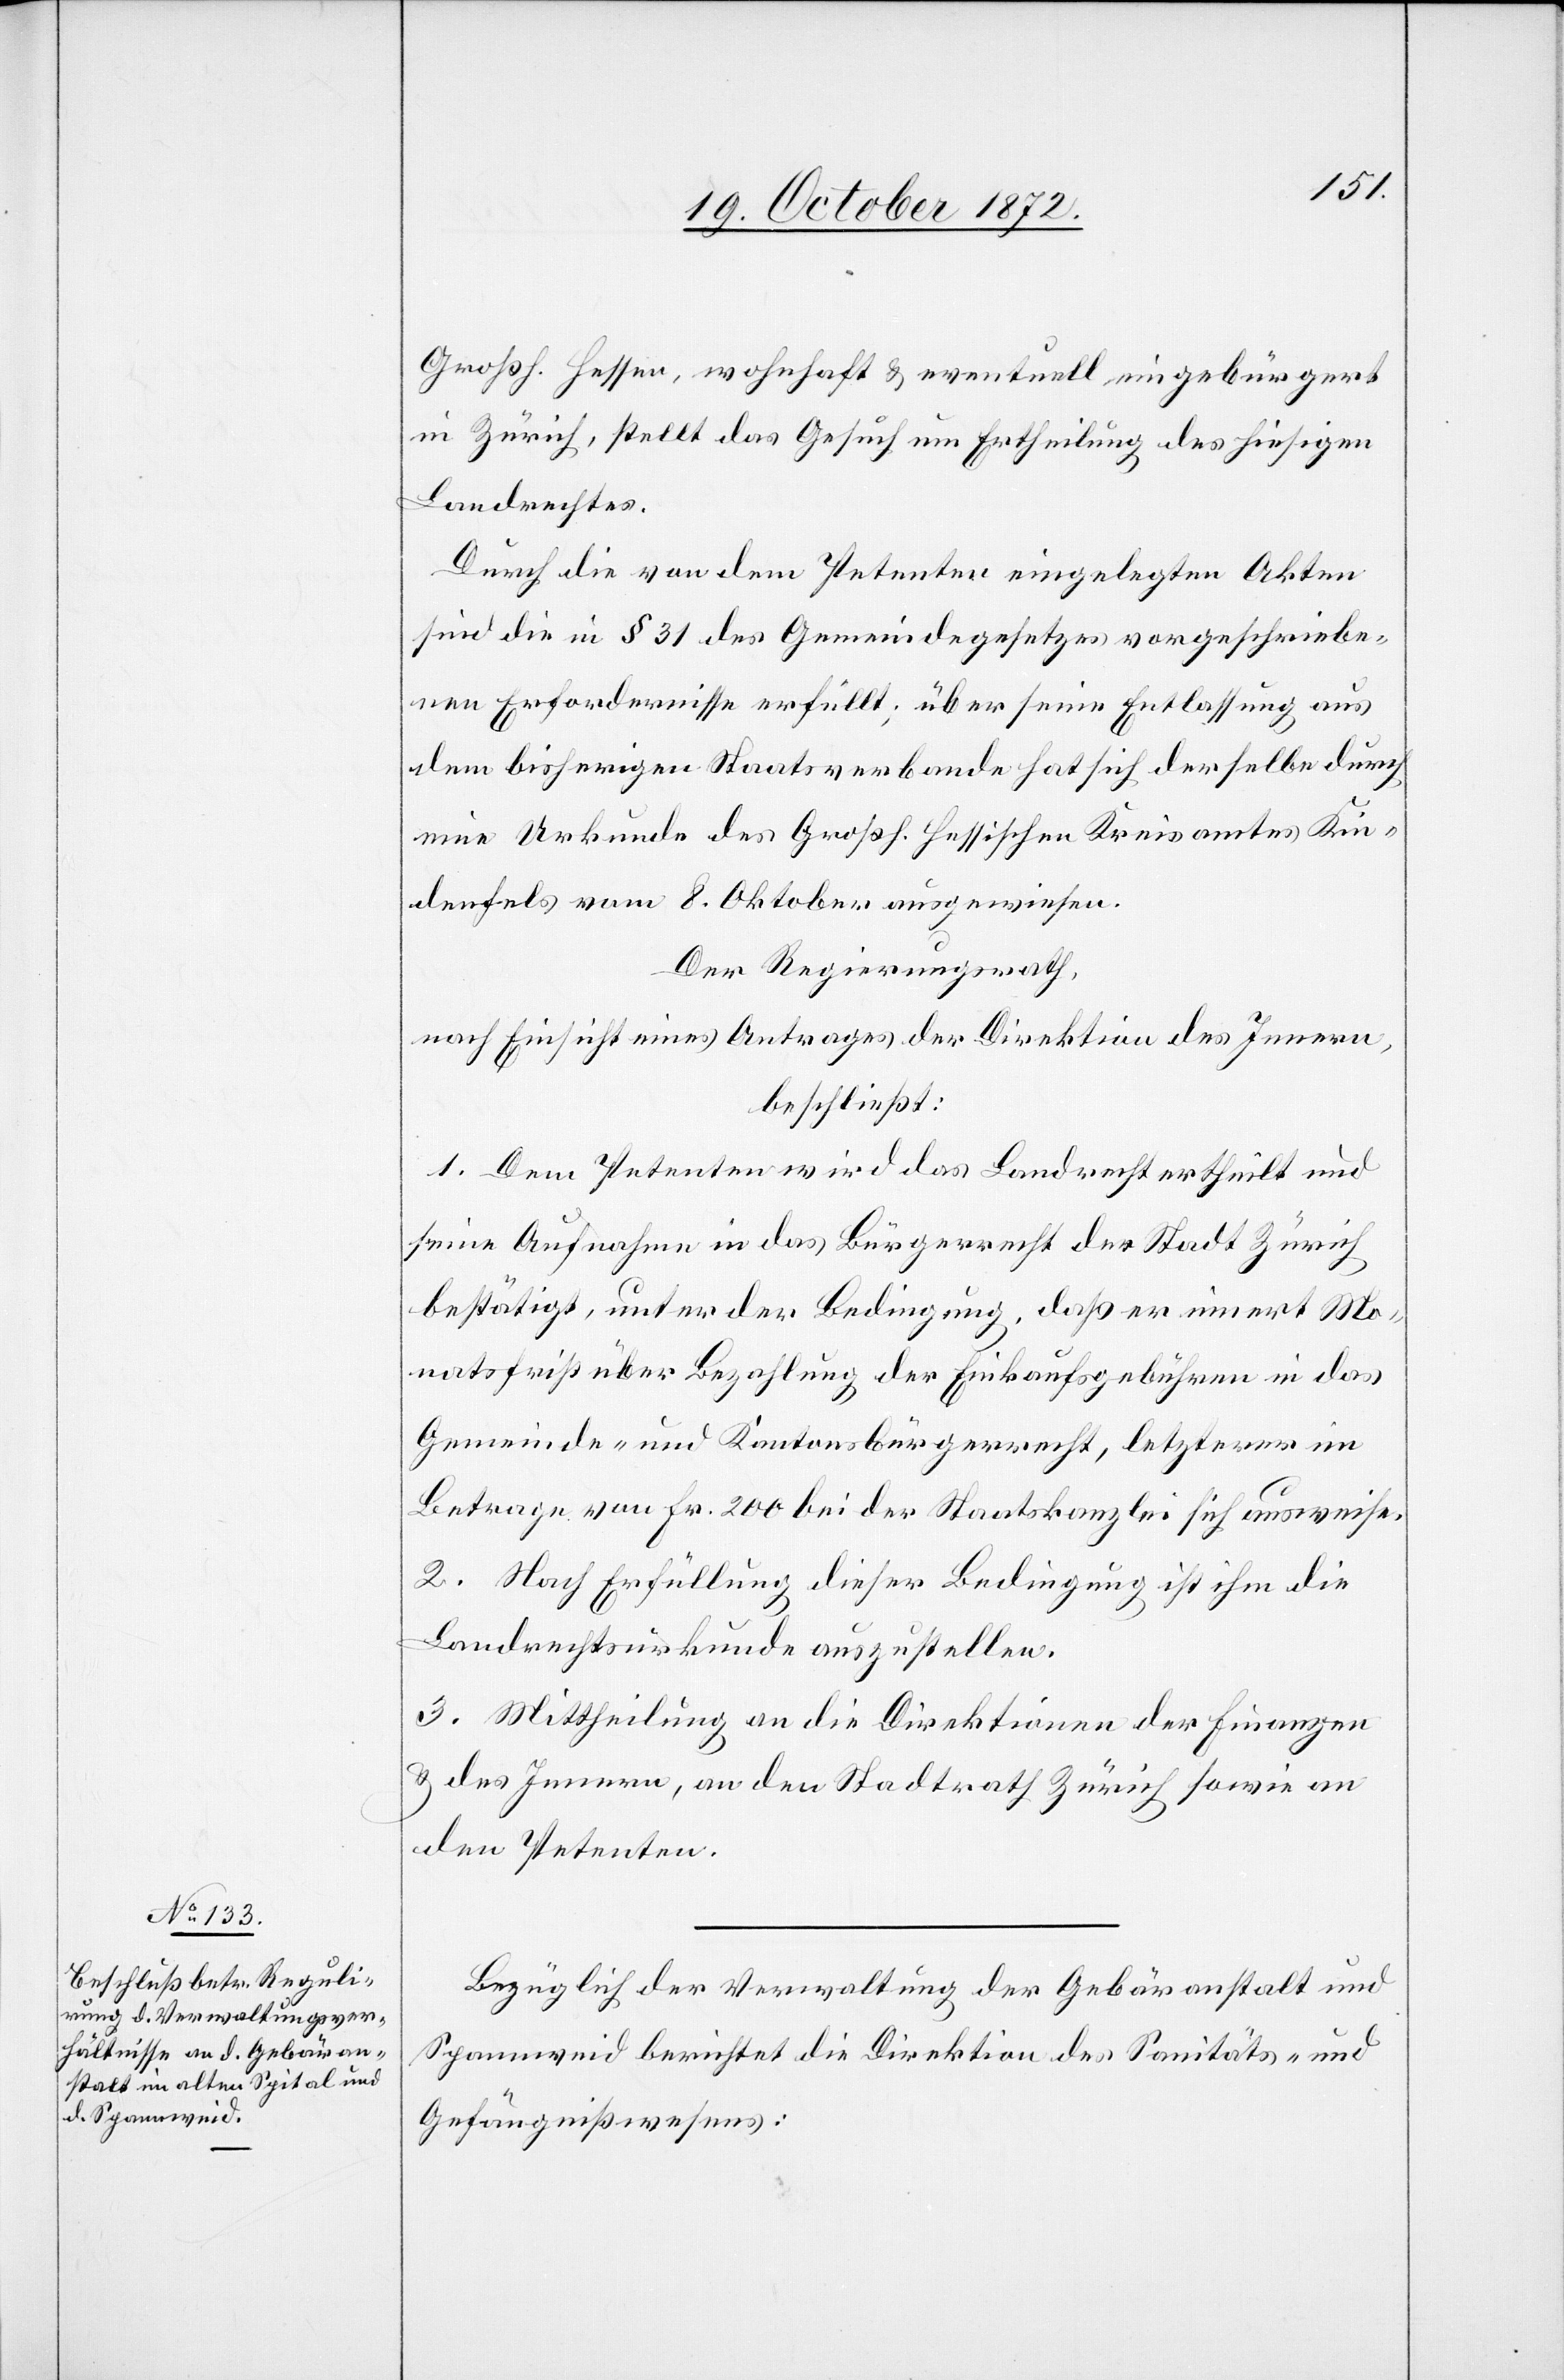
Großh. Hessen, wohnhaft u. eventuell eingebürgert
in Zürich, stellt das Gesuch um Ertheilung des hiesigen
Landrechtes.
Durch die von dem Petenten eingelegten Akten
sind die in § 31 des Gemeindegesetzes vorgeschriebe¬
nen Erfordernisse erfüllt; über seine Entlassung aus
dem bisherigen Staatsverbande hat sich derselbe durch
eine Urkunde des Großh. hessischen Kreisamtes Kin¬
denfels vom 8. Oktober ausgewiesen.
Der Regierungsrath,
nach Einsicht eines Antrages der Direktion des Innern,
beschließt:
1. Dem Petenten wird das Landrecht ertheilt und
seine Aufnahme in das Bürgerrecht der Stadt Zürich
bestätigt, unter der Bedingung, daß er innert Mo¬
natsfrist über Bezahlung der Einkaufsgebühren in das
Gemeinde- und Kantonsbürgerrecht, letzterer im
Betrage von Fr. 200 bei der Staatskanzlei sich ausweise.
2. Nach Erfüllung dieser Bedingung ist ihm die
Landrechtsurkunde auszustellen.
3. Mittheilung an die Direktionen der Finanzen
u. des Innern, an den Stadtrath Zürich sowie an
den Petenten.
Bezüglich der Verwaltung der Gebäranstalt und
Spannweid berichtet die Direktion des Sanitäts- u.
Gefängnißwesens: